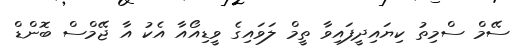
ސޭމް ސްމިތު ކިޔައިދީފައިވާ ތީމް ލަވައިގެ ވީޑިއޯއާ އެކު އާ ޖޭމްސް ބޮންޑް